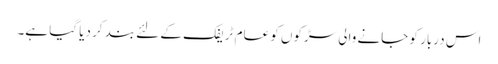
اس دربار کو جانے والی سڑکوں کو عام ٹریفک کے لئے بند کر دیا گیا ہے۔